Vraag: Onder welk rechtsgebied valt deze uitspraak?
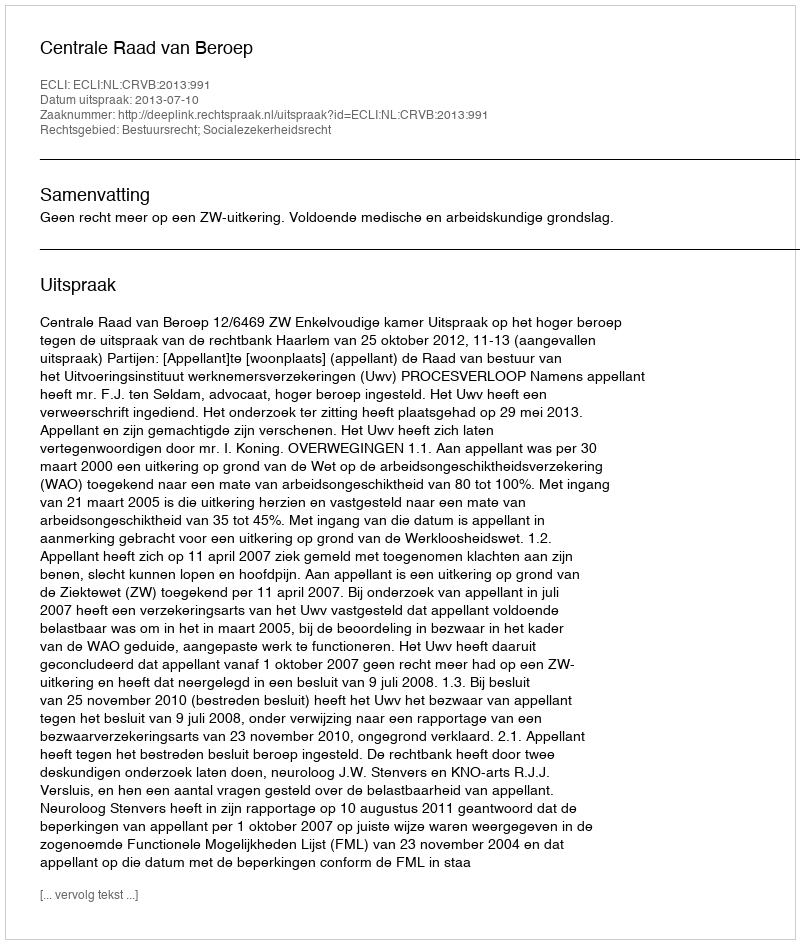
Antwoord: Bestuursrecht; Socialezekerheidsrecht